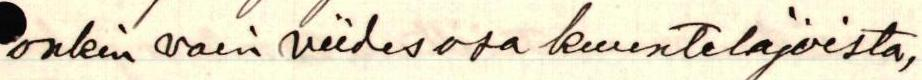
onkin vain viidesosa kuuntelijoista,